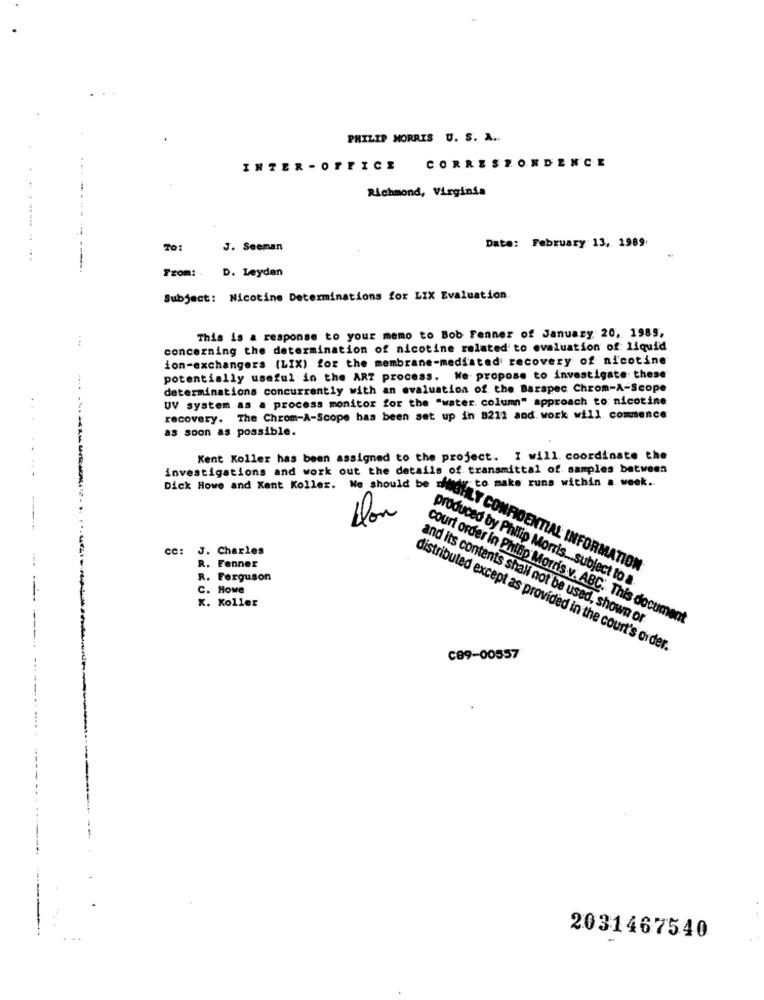
PHILIP MORRIS U. S. A ..
...
INTER - OFFICE CORRESPONDENCE
Richmond, Virginia
Date: February 13, 1989
To:
J. Seeman
--------
Trom :.
D. Leyden
Subject: Nicotine Determinations for LIX Evaluation
This is a response to your memo to Bob Fenner of January 20, 1985,
concerning the determination of nicotine related to evaluation of liquid
ion-exchangers (LIX) for the membrane-mediated recovery of nicotine
potentially useful in the ART process. We propose to investigate these
determinations concurrently with an evaluation of the Barspec Chrom-A-Scope
UV system as a process monitor for the "water. column" approach to nicotine
recovery. The Chrom-A-Scope has been set up in 8211 and. work will commence
as soon as possible.
Kent Koller has been assigned to the project. I will. coordinate the
investigations and work out the details of transmittal of samples between
ly to make runs within a week ..
Dick Howe and Kent Koller. We should be
------
Don
CC: J. Charles
R. Fenner
HIGHLY CONFIDENTIAL INFORMATION
R. Ferguson
produced by Philip Morris ... subject to a
C. Howe
K. Koller
and its contents shall not be used, shown or
court order in Philip Morris v. ABC. This document
distributed except as provided in the court's order.
C89-00557
2031467540